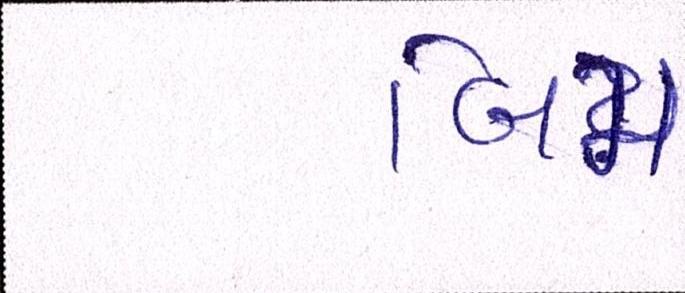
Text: બિમ